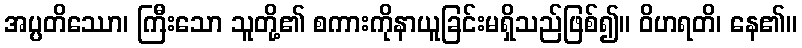
အပ္ပတိဿော၊ ကြီးသော သူတို့၏ စကားကိုနာယူခြင်းမရှိသည်ဖြစ်၍။ ဝိဟရတိ၊ နေ၏။